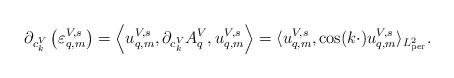
LaTeX: \begin{align*}\partial_{c_k^V} \left( \varepsilon_{q,m}^{V,s} \right) = \left\langle u_{q,m}^{V,s}, \partial_{c_k^V} A^V_q, u_{q,m}^{V,s} \right\rangle = \langle u_{q,m}^{V,s}, \cos(k\cdot) u_{q,m}^{V,s}\rangle_{L^2_{\rm per}}.\end{align*}